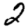
Digit: 2